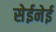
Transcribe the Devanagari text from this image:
सेईनेई